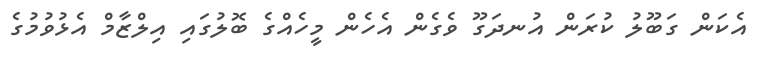
އެކަން ގަބޫލު ކުރަން އުނދަގޫ ވެގެން އެހެން މީހެއްގެ ބޮލުގައި އިލްޒާމް އެޅުވުމުގެ